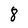
Character: 8